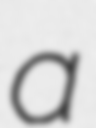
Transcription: a